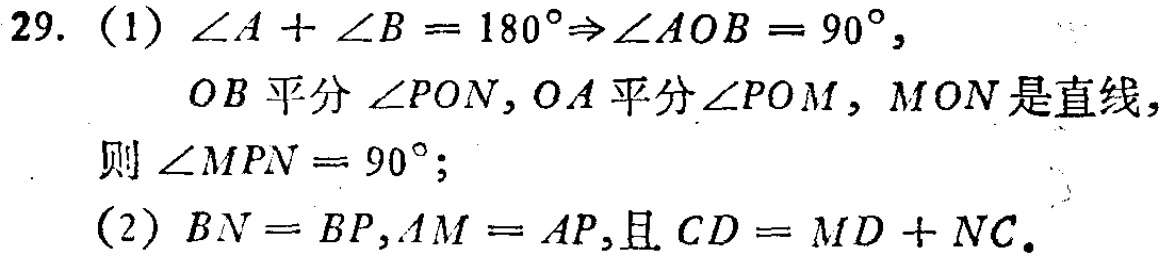
29. (1) $\angle A+\angle B = 180^{\circ}\Rightarrow\angle AOB = 90^{\circ}$,
$OB$ 平分 $\angle PON$, $OA$ 平分 $\angle POM$, $MON$ 是直线,
则 $\angle MPN = 90^{\circ}$;
(2) $BN = BP$, $AM = AP$,且 $CD = MD + NC$.